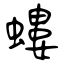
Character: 螻